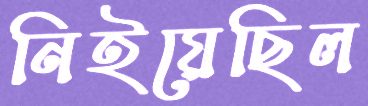
নিইয়েছিল